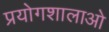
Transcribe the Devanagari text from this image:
प्रयोगशालाओ